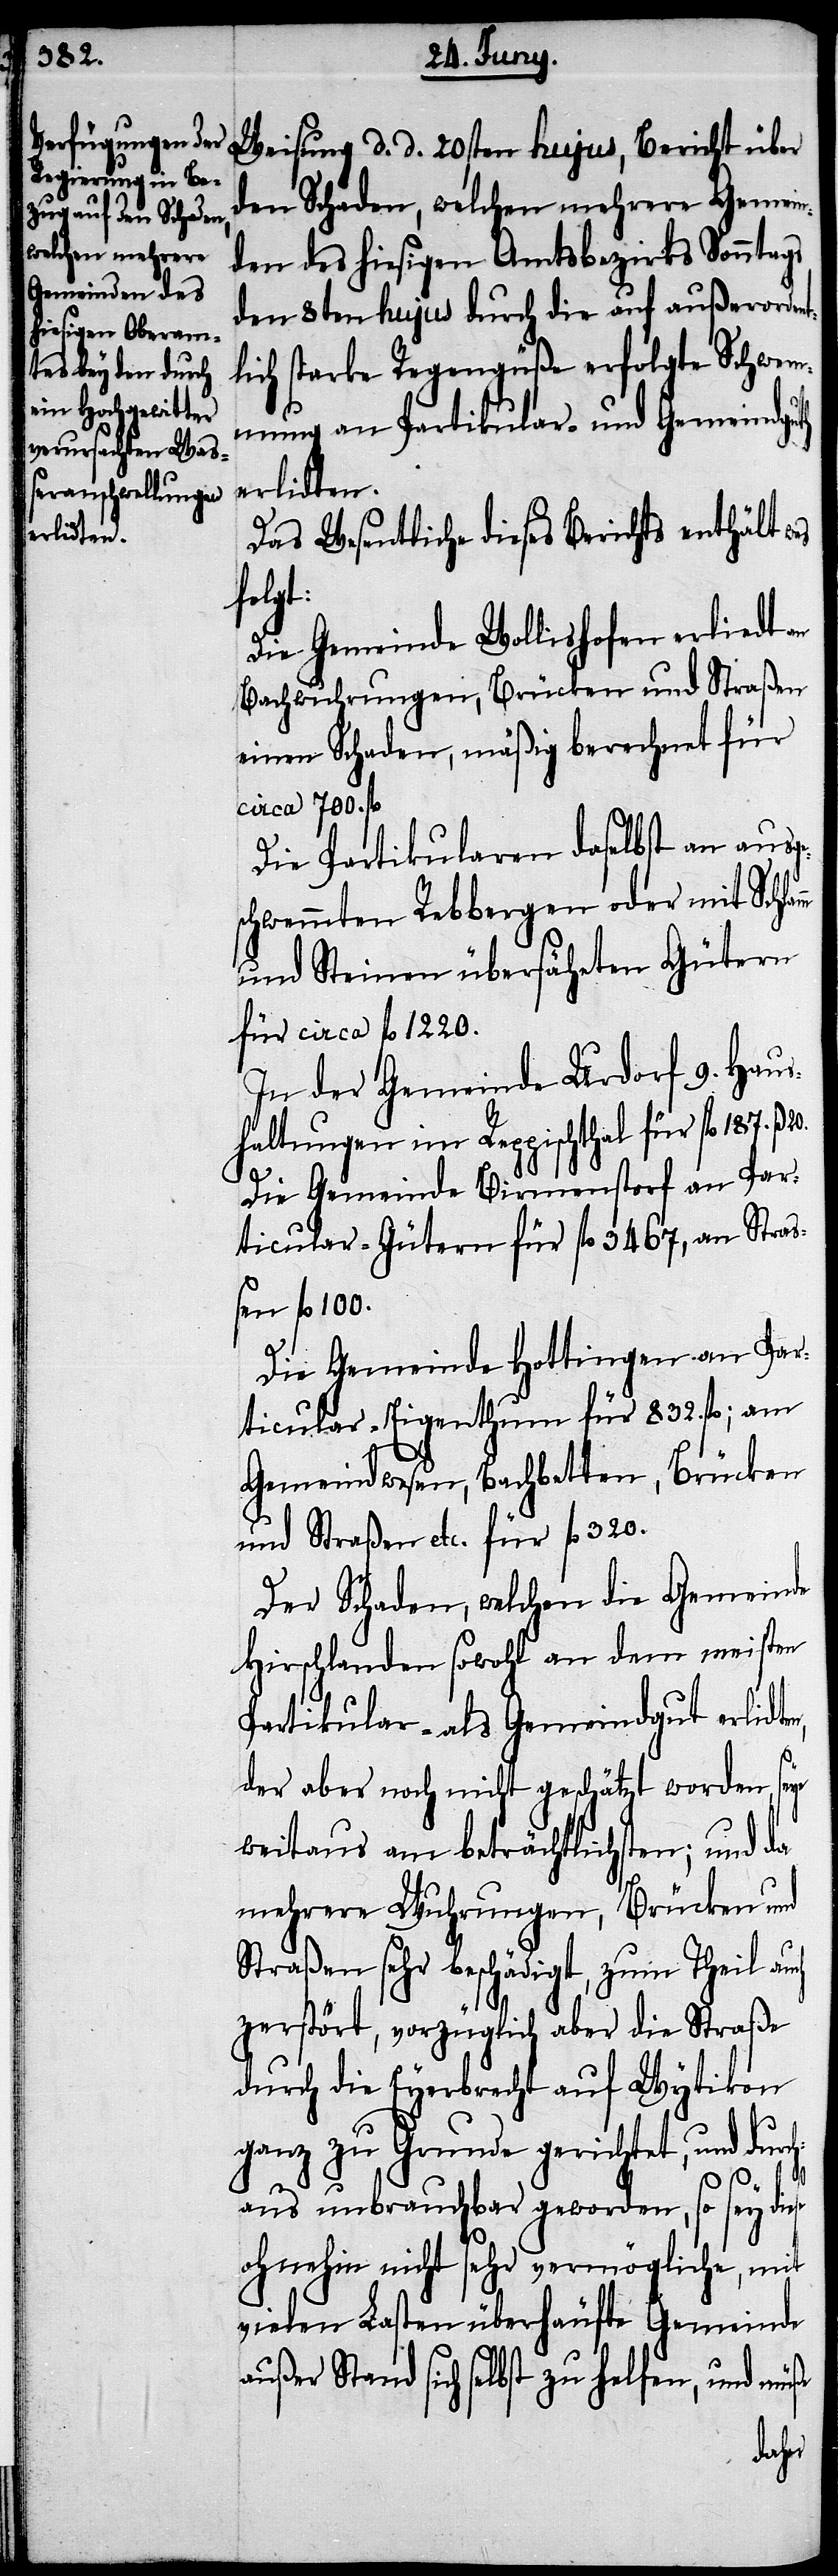
Weisung d. d. 20sten hujus, Bericht über
den Schaden, welchen mehrere Gemein¬
den des hiesigen Amtsbezirks Sonntags
den 8ten hujus durch die auf außerorden¬
lich starke Regengüße erfolgte Schwem¬
mungen an Partikular- und Gemeindguth
rlidten,
Das wesentliche dieses Berichts enthält
folgt:
Die Gemeinde Wollishofen erlidt an
Bachwuhrungen, Brücken und Straßen
einen Schaden, mäßig berechnet für
circa 700. fl.
Die Partikularen daselbst an ausge¬
schwemmten Rebbergen oder mit Schl¬
und Steinen übersäheten Gütern
für circa fl. 1220.
In der Gemeinde Urdorf 9. Haus¬
haltungen im Reppischthal für fl. 187. ß
20.
Die Gemeinde Birmenstorf an Par¬
ticular-Gütern für fl. 3467, an Stra¬
ßen fl. 100.
Die Gemeinde Hottingen an Par¬
ticular-Eigenthum für 832. fl.; am
Gemeindwesen, Bachbetten, Brücken
und Straßen etc. für fl. 320.
Der Schaden, welchen die Gemeinde
Hirschlanden sowohl an dem meisten
Partikular- als Gemeindgut e¬
der aber noch nicht geschätzt worden, seye
weitaus am beträchtlichsten; und da
mehrere Wuhrungen, Brücken und
Straßen sehr beschädigt, zum Theil auch
zerstört, vorzüglich aber die Straße
durch die Eyerbrecht auf Wytikon
ganz zu Grunde gerichtet, und durch¬
aus unbrauchbar geworden, so sey diese
ohnehin nicht sehr vermögliche, mit
vielen Lasten überhäufte Gemeinde
außer Stand sich selbst zu helfen, und müße
amm